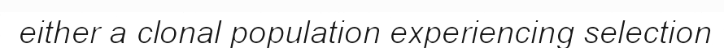
either a clonal population experiencing selection